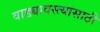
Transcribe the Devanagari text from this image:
वाड्यावस्त्यांसाठी